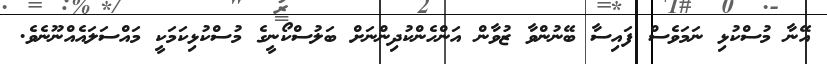
އޭނާ މުސްކުޅި ނަމަވެސް ފައިސާ ބޭނުންވާ ޒުވާން އަންހެންކުދިންނަށް ބަލުސްކޯނީގެ މުސްކުޅިކަމަކީ މައްސަލައެއްނޫނެވެ.